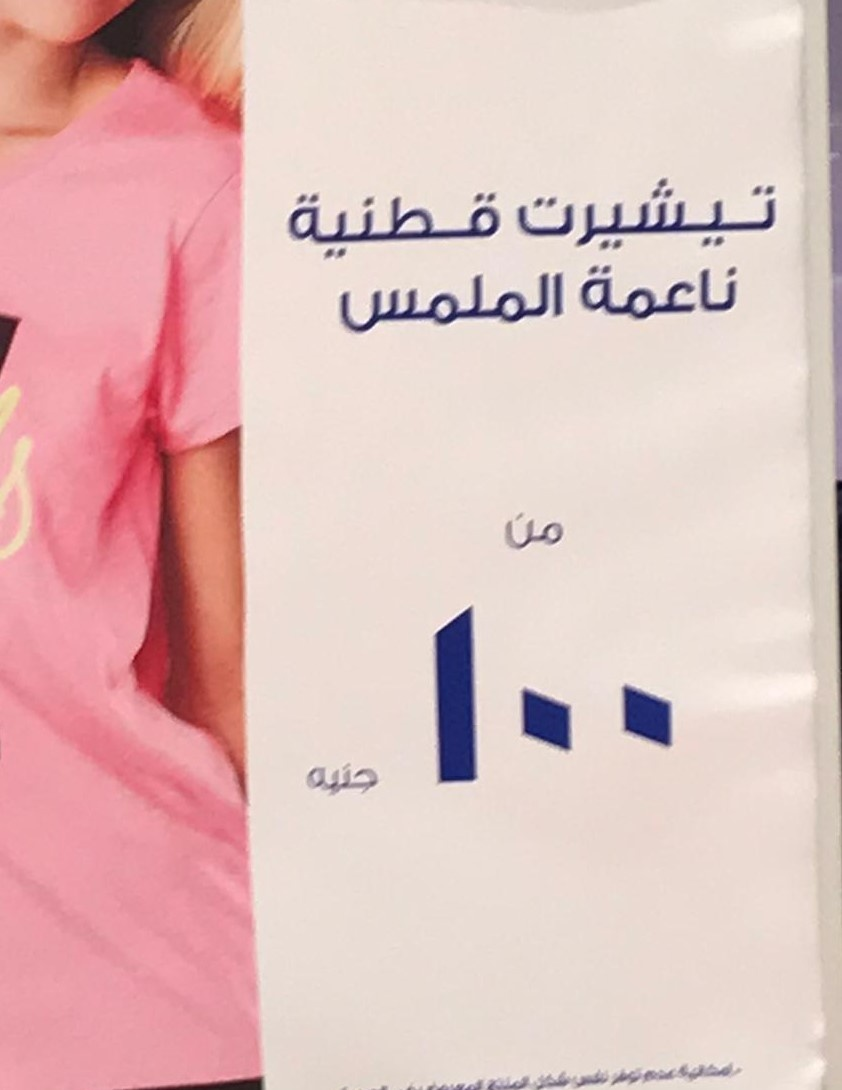
Text in image: تيشيرت قطنية ناعمة الملمس من 100 جنيه